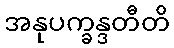
အနုပက္ခန္ဒတီတိ